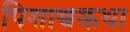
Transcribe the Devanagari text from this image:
पिशाच्चकथा